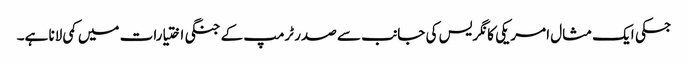
جسکی ایک مثال امریکی کانگریس کی جانب سے صدر ٹرمپ کے جنگی اختیارات میں کمی لانا ہے۔